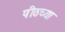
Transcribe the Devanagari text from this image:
पीठच्या